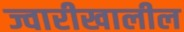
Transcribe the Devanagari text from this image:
ज्वारीखालील